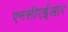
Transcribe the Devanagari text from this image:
एनसीएईआर